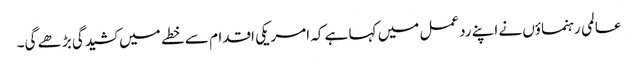
عالمی رہنماؤں نے اپنے ردعمل میں کہا ہے کہ امریکی اقدام سے خطے میں کشیدگی بڑھے گی۔